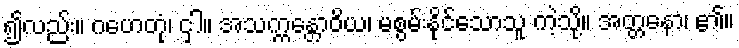
၍လည်း။ ဂဟေတုံ၊ ငှါ။ အသက္ကန္တောဝိယ၊ မစွမ်းနိုင်သောသူ ကဲ့သို့။ အတ္တနော၊ ၏။